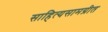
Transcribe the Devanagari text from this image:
साहित्यसामग्रीत